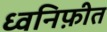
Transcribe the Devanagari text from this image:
ध्वनिफ़ीत